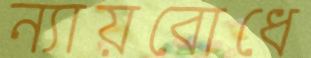
ন্যায়বোধে